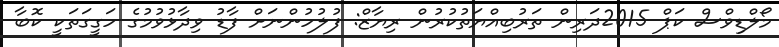
މޯލްޑިވްސް ކަޕް 2015ދަރިން ތަރުބިއްޔަތުކުރުން ރިޔާޒް: ފުލުހުންނަށް ފާޑު ވިދާޅުވުމުގެ ހަގީގަތަކީ ކޮބާ